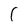
Character: C